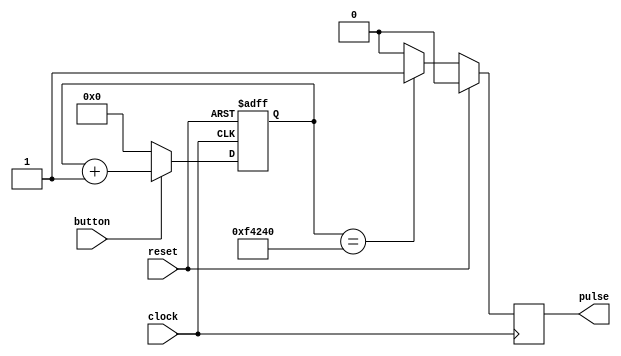
`timescale 1ns / 1ps
//////////////////////////////////////////////////////////////////////////////////
// Company: 
// Engineer: 
// 
// Design Name: 
// Module Name: debouncer
// Project Name: 
// Target Devices: 
// Tool Versions: 
// Description: 
// 
// Dependencies: 
// 
// Revision:
// Revision 0.01 - File Created
// Additional Comments:
// 
//////////////////////////////////////////////////////////////////////////////////

//Change count_max when using testbench
module debouncer #(parameter COUNT_MAX = 1000000) //Change COUNT_MAX BACK TO 1000000 later!
(
    input clock,
    input reset,
    input button,
    output reg pulse
);
    
    reg[31:0] count;
    reg allowToGrow;
    
    always@(posedge clock, posedge reset) begin
        if(reset)
            count <= 0;
        else if (button)
            count <= count + 1;
        else
            count <= 0;
    end
    
    always@(posedge clock) begin
        if (reset)
            begin
            pulse <= 1'b0;
            end
        else if (count == COUNT_MAX)        
            begin
            pulse <= 1'b1;
            end
        else
            begin
            pulse <= 1'b0;
            end
    end     
    
    
endmodule